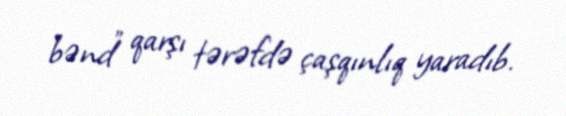
bənd” qarşı tərəfdə çaşqınlıq yaradıb.